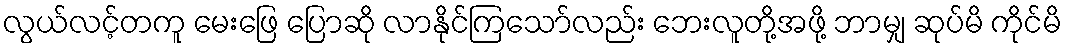
လွယ်လင့်တကူ မေးဖြေ ပြောဆို လာနိုင်ကြသော်လည်း ဘေးလူတို့အဖို့ ဘာမျှ ဆုပ်မိ ကိုင်မိ